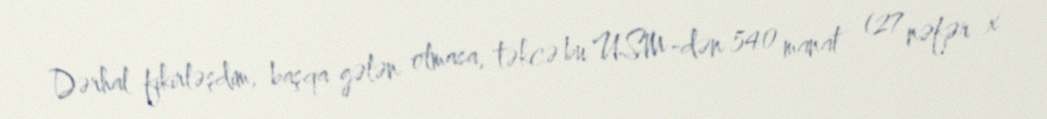
Dərhal fikirləşdim, başqa gələn olmasa, təkcə bu USM-dən 540 manat (27 nəfər x